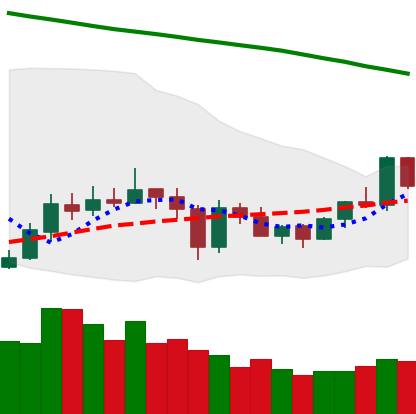
Ticker: EOS-USD
Chart end date: 2020-05-31
Forward return: 5.71%
Label: up_5_7